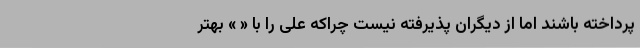
پرداخته باشند اما از دیگران پذیرفته نیست چراکه علی را با « » بهتر